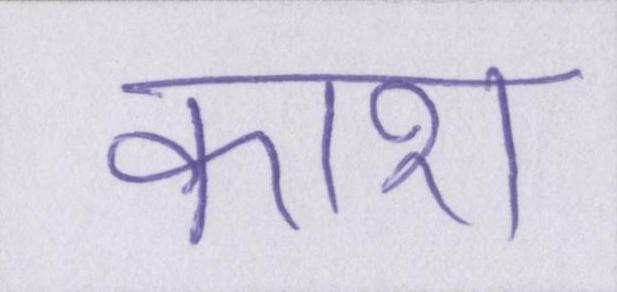
काश